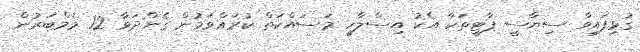
ގުޅިފައިވާ ސިޔާސީ ޕާޓީތަކާ އެކު އިސްލާހީ މަސައްކަތް ކުރައްވަމުން ގެންދަވާ 12 މެމްބަރުން